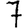
Digit: 7